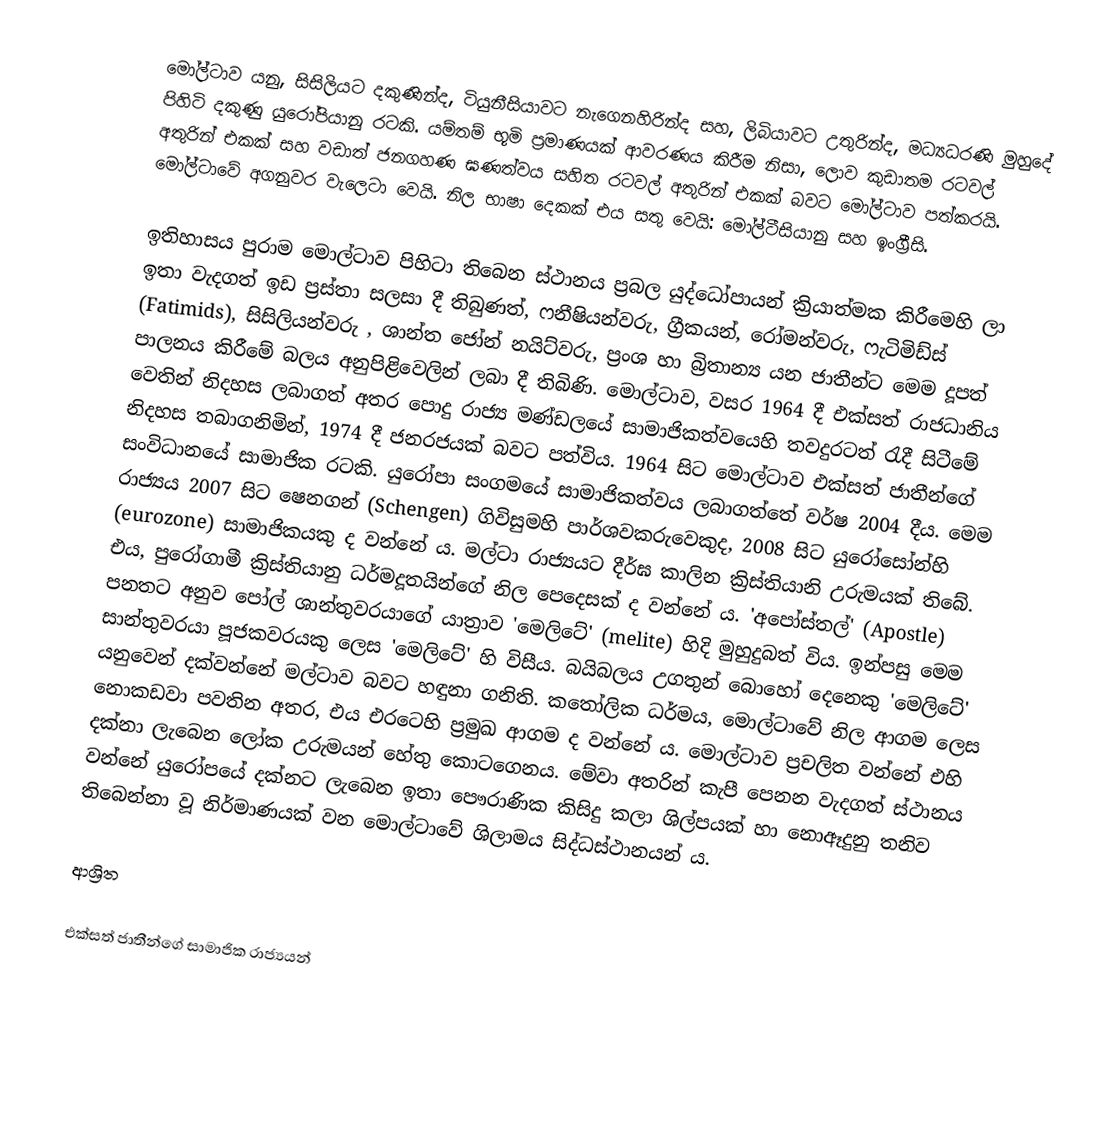
මෝල්ටාව යනු,  සිසිලියට  දකුණින්ද, ටියුනීසියාවට  නැගෙනහිරින්ද සහ,   ලිබියාවට  උතුරින්ද, මධ්‍යධරණි මුහුදේ පිහිටි දකුණු යුරෝපියානු රටකි. යම්තම්  භූමි ප්‍රමාණයක් ආවරණය කිරීම නිසා, ලොව කුඩාතම රටවල් අතුරින් එකක් සහ වඩාත් ජනගහණ ඝණත්වය සහිත රටවල් අතුරින් එකක් බවට මෝල්ටාව පත්කරයි. මෝල්ටාවේ අගනුවර වැලෙටා වෙයි. නිල භාෂා දෙකක් එය සතු වෙයි: මෝල්ටීසියානු සහ ඉංග්‍රීසි.

ඉතිහාසය පුරාම  මොල්ටාව පිහිටා තිබෙන ස්ථානය ප්‍රබල යුද්ධෝපායන් ක්‍රියාත්මක කිරීමෙහි ලා ඉතා වැදගත් ඉඩ ප්‍රස්තා සලසා දී තිබුණත්, ෆනීෂියන්වරු, ග්‍රීකයන්, රෝමන්වරු, ෆැටිමිඩ්ස් (Fatimids), සිසිලියන්වරු , ශාන්ත ජෝන් නයිට්වරු, ප්‍රංශ හා බ්‍රිතාන්‍ය යන ජාතීන්ට මෙම දූපත් පාලනය කිරීමේ බලය අනුපිළිවෙලින් ලබා දී තිබිණි. මොල්ටාව, වසර 1964 දී එක්සත් රාජධානිය වෙතින් නිදහස ලබාගත් අතර පොදු රාජ්‍ය මණ්ඩලයේ සාමාජිකත්වයෙහි තවදුරටත් රැදී සිටීමේ නිදහස තබාගනිමින්, 1974 දී ජනරජයක් බවට පත්විය. 1964 සිට මොල්ටාව එක්සත් ජාතීන්ගේ සංවිධානයේ  සාමාජික රටකි. යුරෝපා සංගමයේ සාමාජිකත්වය ලබාගත්තේ වර්ෂ 2004 දීය. මෙම රාජ්‍යය 2007 සිට  ෂෙනගන් (Schengen) ගිවිසුමහි පාර්ශවකරුවෙකුද, 2008 සිට යුරෝසෝන්හි   (eurozone)  සාමාජිකයකු ද වන්නේ ය. මල්ටා රාජ්‍යයට දීර්ඝ කාලින ක්‍රිස්තියානි උරුමයක් තිබේ. එය, පුරෝගාමී ක්‍රිස්තියානු ධර්මදූතයින්ගේ නිල පෙදෙසක් ද වන්නේ ය.  'අපෝස්තල්'  (Apostle)  පනතට අනුව පෝල් ශාන්තුවරයාගේ යාත්‍රාව  'මෙලිටේ' (melite)  හිදි මුහුදුබත් විය. ඉන්පසු මෙම සාන්තුවරයා පූජකවරයකු ලෙස 'මෙලිටේ' හි  විසීය. බයිබලය  උගතුන් බොහෝ දෙනෙකු 'මෙලිටේ' යනුවෙන් දක්වන්නේ මල්ටාව බවට හඳුනා ගනිති. කතෝලික ධර්මය, මොල්ටාවේ නිල ආගම ලෙස නොකඩවා පවතින අතර, එය එරටෙහි ප්‍රමුඛ ආගම ද වන්නේ ය. මොල්ටාව ප්‍රචලිත වන්නේ එහි දක්නා ලැබෙන ලෝක උරුමයන් හේතු කොටගෙනය. මේවා අතරින් කැපී පෙනන වැදගත් ස්ථානය වන්නේ යුරෝපයේ දක්නට ලැබෙන ඉතා පෞරාණික කිසිදු කලා  ශිල්පයක් හා නොඈදුනු තනිව තිබෙන්නා වූ නිර්මාණයක් වන මොල්ටාවේ ශිලාමය සිද්ධස්ථානයන් ය.

ආශ්‍රිත

එක්සත් ජාතීන්ගේ සාමාජික රාජ්‍යයන්